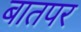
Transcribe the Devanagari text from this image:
बातपर